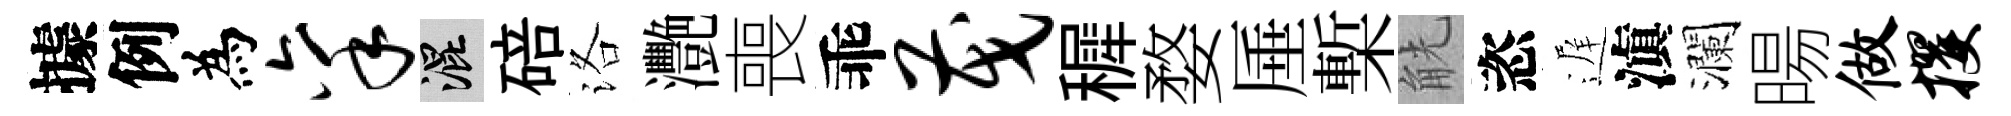
據例為禀混碚洛灧喪乖茂穉婺厜槧觥恣遅滇瀾暘做攫